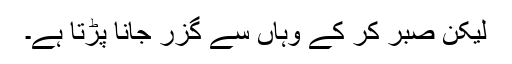
لیکن صبر کر کے وہاں سے گزر جانا پڑتا ہے۔